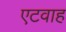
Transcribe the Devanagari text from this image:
एटवाह